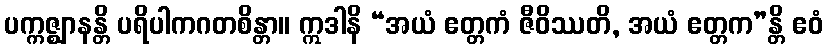
ပက္ကဇ္ဈာနန္တိ ပရိပါကဂတစိန္တာ။ ဣဒါနိ “အယံ ဧတ္တကံ ဇီဝိဿတိ, အယံ ဧတ္တက”န္တိ ဧဝံ